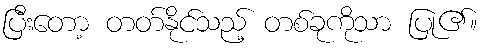
ပြီးတော့ တတ်နိုင်သည့် တစ်ခုကိုသာ ပြု၏။